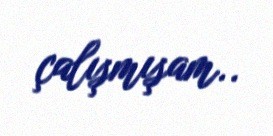
çalışmışam..